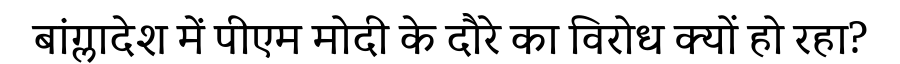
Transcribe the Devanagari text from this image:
बांग्लादेश में पीएम मोदी के दौरे का विरोध क्यों हो रहा?